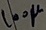
Text: 100µ